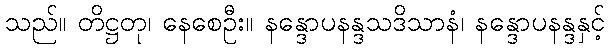
သည်။ တိဋ္ဌတု၊ နေစေဦး။ နန္ဒောပနန္ဒသဒိသာနံ၊ နန္ဒောပနန္ဒနှင့်